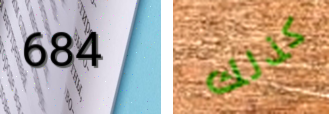
684 كذلك